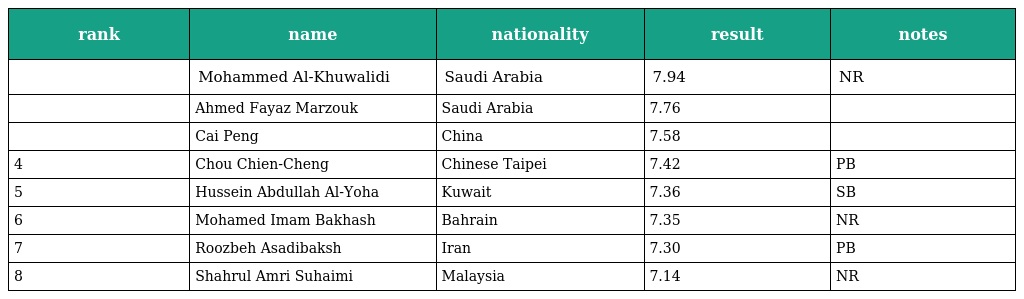
| rank | name | nationality | result | notes |
 | --- | --- | --- | --- | --- |
 |  | Mohammed Al-Khuwalidi | Saudi Arabia | 7.94 | NR |
 |  | Ahmed Fayaz Marzouk | Saudi Arabia | 7.76 |  |
 |  | Cai Peng | China | 7.58 |  |
 | 4 | Chou Chien-Cheng | Chinese Taipei | 7.42 | PB |
 | 5 | Hussein Abdullah Al-Yoha | Kuwait | 7.36 | SB |
 | 6 | Mohamed Imam Bakhash | Bahrain | 7.35 | NR |
 | 7 | Roozbeh Asadibaksh | Iran | 7.30 | PB |
 | 8 | Shahrul Amri Suhaimi | Malaysia | 7.14 | NR |